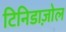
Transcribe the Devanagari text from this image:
टिनिडाज़ोल